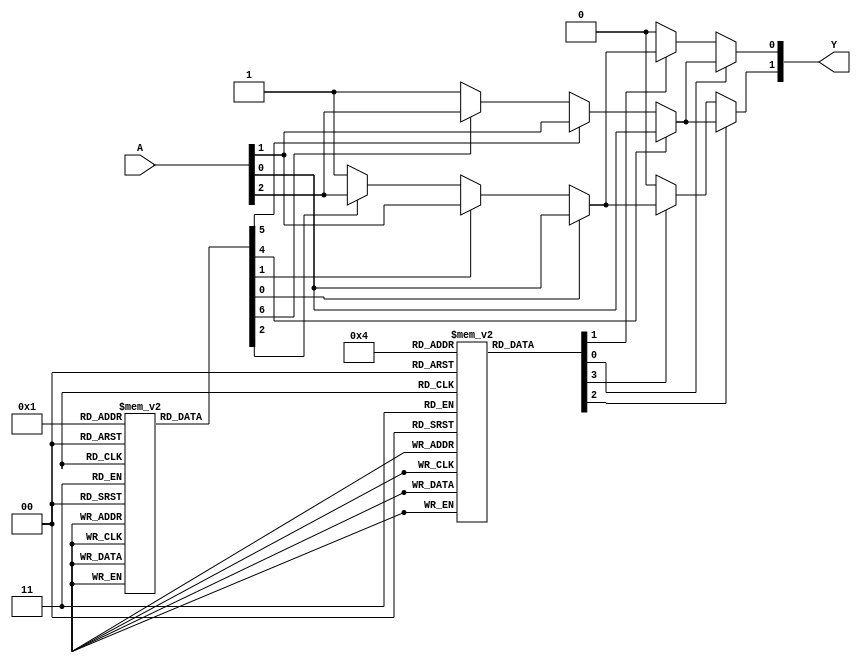
module fuse_based_PLA (
    input wire [N-1:0] A, // Input signals (A, B, C, etc.)
    output wire [M-1:0] Y // Output signals (Y1, Y2, Y3, etc.)
);

// Parameters
parameter N = 3; // Number of inputs
parameter M = 2; // Number of outputs
parameter P = 4; // Number of product terms (AND gates)

// Programmable connections for AND plane (fuses)
reg [P-1:0] and_fuses [N-1:0]; // Fuse connections for AND gates
wire [P-1:0] product_terms; // Product terms from AND gates

// AND Plane: Generate product terms based on programmable fuses
genvar i, j;
generate
    for (i = 0; i < P; i = i + 1) begin : and_gate
        wire [N-1:0] inputs;
        assign inputs = {A[N-1], A[N-2], A[N-3]}; // Connect inputs based on fuses

        // Generate product term based on fuses
        assign product_terms[i] = and_fuses[i][0] ? inputs[0] : 1'b1 &
                                   and_fuses[i][1] ? inputs[1] : 1'b1 &
                                   and_fuses[i][2] ? inputs[2] : 1'b1;
    end
endgenerate

// Programmable connections for OR plane (fuses)
reg [M-1:0] or_fuses [P-1:0]; // Fuse connections for OR gates
wire [M-1:0] outputs; // Final outputs from OR gates

// OR Plane: Combine product terms based on programmable fuses
generate
    for (j = 0; j < M; j = j + 1) begin : or_gate
        // Generate output based on fuses
        assign outputs[j] = or_fuses[j][0] ? product_terms[0] : 1'b0 |
                            or_fuses[j][1] ? product_terms[1] : 1'b0 |
                            or_fuses[j][2] ? product_terms[2] : 1'b0 |
                            or_fuses[j][3] ? product_terms[3] : 1'b0;
    end
endgenerate

// Assign final outputs
assign Y = outputs;

endmodule